Relation of titanus [i.e. tetanus] to the hypodermic or intramuscular injection of quinine - Number 43
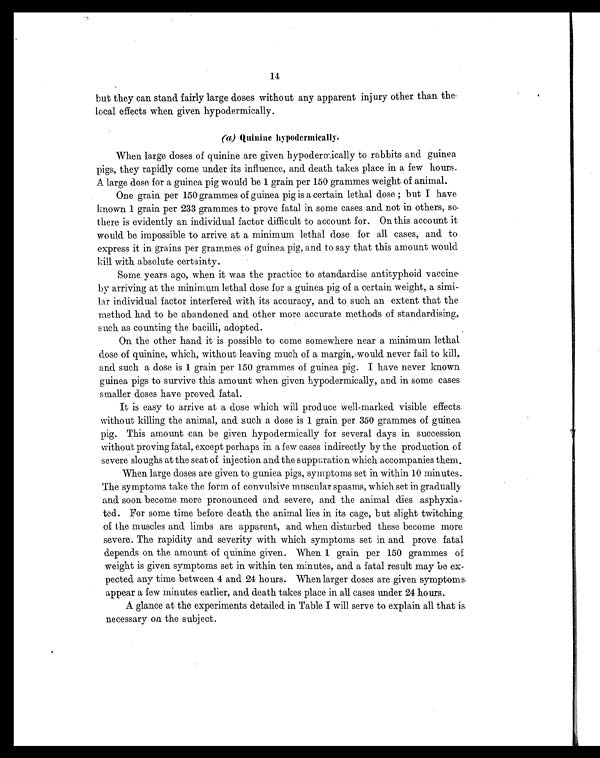
14
but they can stand fairly large doses without any apparent injury other than the
local effects when given hypodermically.
(a) quinine hypodermically.
When large doses of quinine are given hypodermically to rabbits and guinea
pigs, they rapidly come under its influence, and death takes place in a few hours.
A large dose for a guinea pig would be 1 grain per 150 grammes weight of animal.
One grain per 150 grammes of guinea pig is a certain lethal dose ; but I have
known 1 grain per 233 grammes to prove fatal in some cases and not in others, so
there is evidently an individual factor difficult to account for. On this account it
would be impossible to arrive at a minimum lethal dose for all cases, and to
express it in grains per grammes of guinea pig, and to say that this amount would
kill with absolute certainty.
Some years ago, when it was the practice to standardise antityphoid vaccine
by arriving at the minimum lethal dose for a guinea pig of a certain weight, a simi-
lar individual factor interfered with its accuracy, and to such an extent that the
method had to be abandoned and other more accurate methods of standardising,
such as counting the bacilli, adopted.
On the other hand it is possible to come somewhere near a minimum lethal
dose of quinine, which, without leaving much of a margin, would never fail to kill,
and such a dose is 1 grain per 150 grammes of guinea pig. I have never known
guinea pigs to survive this amount when given hypodermically, and in some cases
smaller doses have proved fatal.
It is easy to arrive at a dose which will produce well-marked visible effects
without killing the animal, and such a dose is 1 grain per 350 grammes of guinea
pig. This amount can be given hypodermically for several days in succession
without proving fatal, except perhaps in a few cases indirectly by the production of
severe sloughs at the seat of injection and the suppuration which accompanies them.
When large doses are given to guniea pigs, symptoms set in within 10 minutes.
The symptoms take the form of convulsive muscular spasms, which set in gradually
and soon become more pronounced and severe, and the animal dies asphyxia-
ted. For some time before death the animal lies in its cage, but slight twitching
of the muscles and limbs are apparent, and when disturbed these become more
severe. The rapidity and severity with which symptoms set in and prove fatal
depends on the amount of quinine given. When 1 grain per 150 grammes of
weight is given symptoms set in within ten minutes, and a fatal result may be ex-
pected any time between 4 and 24 hours. When larger doses are given symptoms
appear a few minutes earlier, and death takes place in all cases under 24 hours.
A glance at the experiments detailed in Table I will serve to explain all that is
necessary on the subject.